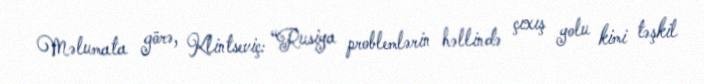
Məlumata görə, Klintseviç: “Rusiya problemlərin həllində çıxış yolu kimi təşkil